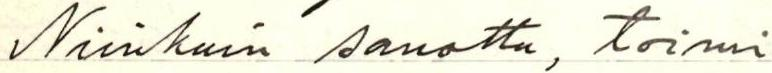
Niin kuin sanottu, toimi